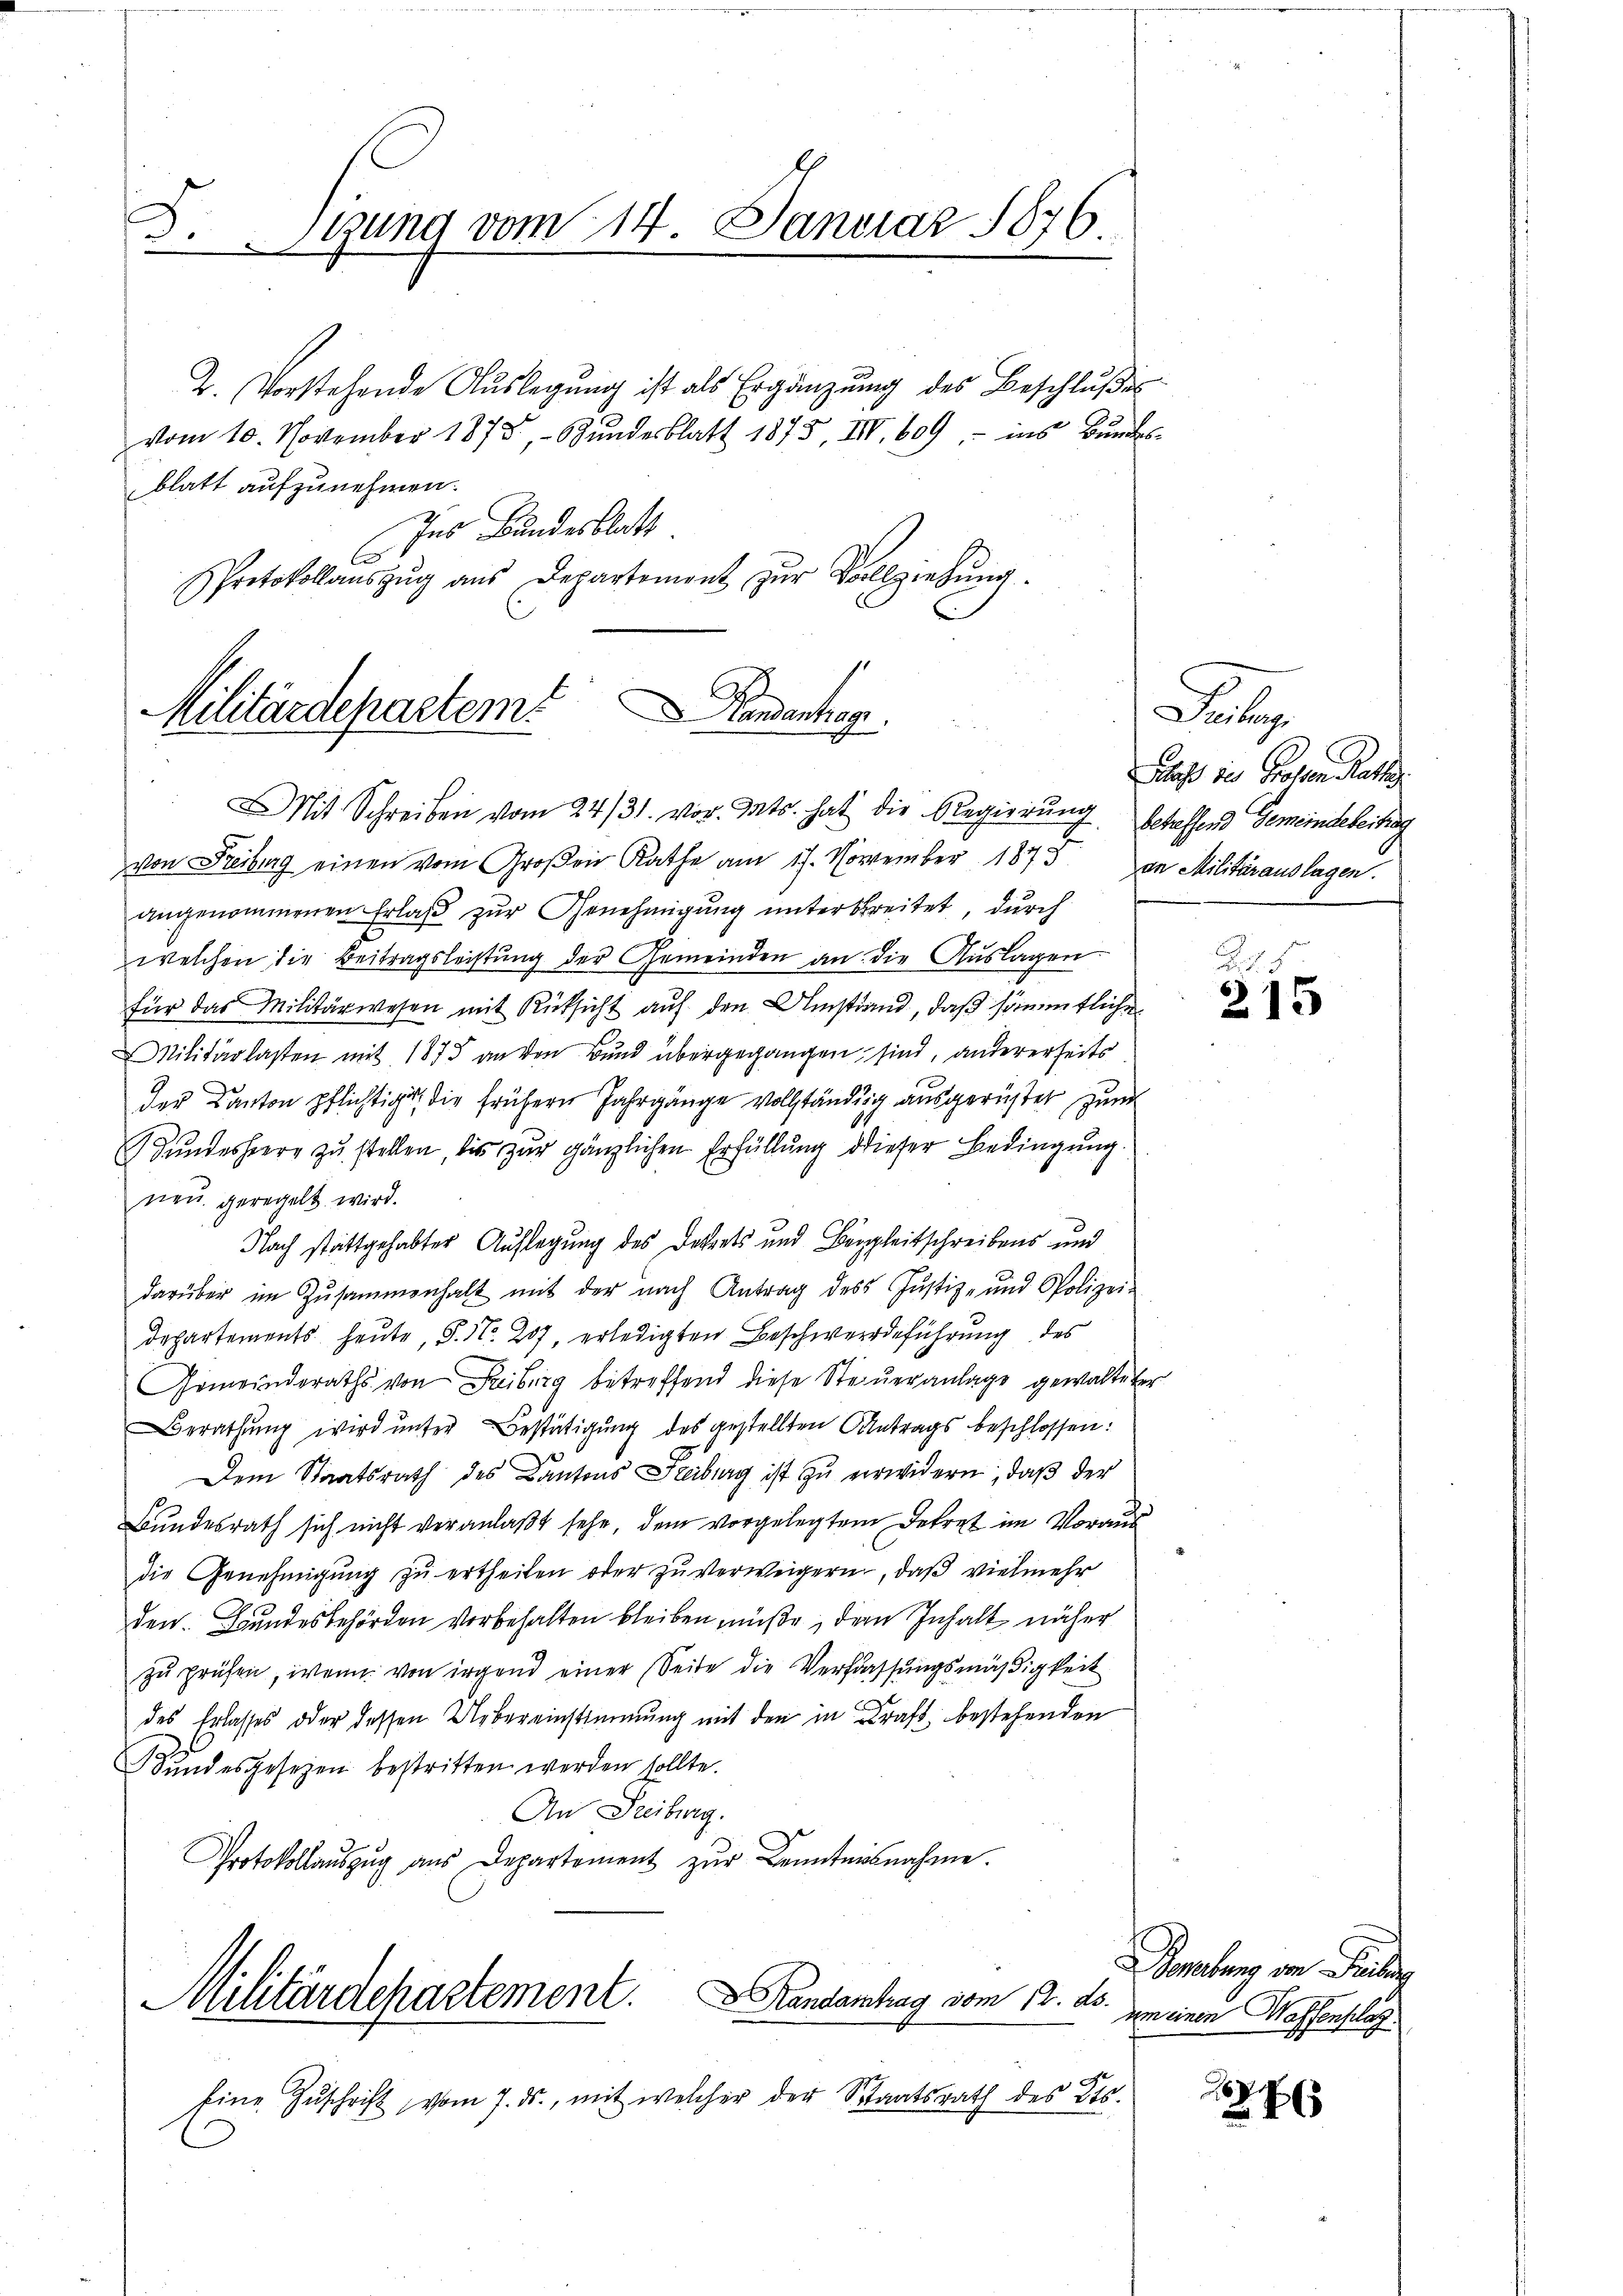
F.gung vom 14. Januar 1876.

2. Vorstehende Aŭslegŭng ist als Ergänzŭng des Beschlŭβe
vom 10. November 1878, Bŭndesblatt 1875, III 609, ins Bŭndes-
blatt aufzunehmen.
Ins Bundesblatt
e
Protokollaŭszŭg aŭs Departement zŭr Vollziehŭng.

.
Militärdepartem andenhage
MMit Schreiben vom 24/31. vor. Mts. hat die Regierŭng betaffend Gemeindebertrag

von Freiburg einen vom Großen Rathe am 17. November 1873 an Militärauslagen.
angenommenen Erlaß zur Genehmigung unterbreitet, durch
welchen die Beitragsleistung der Gemeinden an die Auslagen
für das Militärwesen mit Rücksicht auf den Umstand, daß sämmtliche
Militärlasten mit 1873 an den Bund übergegangen sind, andererheits
der Kanton pflichtiges die frühern Jahrgänge vollständig ausgerüstet zum
Bundesheere zu stellen, bis zur gänzlichen Erfüllung dieser Bedingung.
neu geregelt wird.
Nach stattgehabter Auflegung des Decrets und Bergleitschreibens und
darüber im Zusammenhalt mit der nach Antrag des Jŭstiz- und Polizei-
Departements heute, S. Nr. 207, erledigten Beschwerdeführung des
Gemeinderaths von Freiburg betreffend diese Steueranlage gewalteter
Berathung wird unter Bestätigung des gestellten Antrags beschlossen:
Dem Staatsrath des Kantons Freiburg ist zu verwidern, daß der
Bundesrath sich nicht veranlaβt sehe, dem vorgelegtem Dekret im Voraus
die Genehmigŭng zŭ ertheilen oder zŭ verweigern, daß vielmehr
den. Bundesbehörden vorbehalten bleiben müße, dem Inhalt näher
zŭ prüfen, wenn von irgend einer Seite die Verfassŭngsmäßigkeit
des Erlasses oder dessen Uebereinstimmung mit den in Kraft bestehenden
Bundesgesezen bestritten werden sollte.
An Freiburg.
Protokollaŭszŭg aŭs Departement zŭr Kenntnisnahme.

Militärdepartement. Handanhag vom 12.

Eine Zŭschrift vom 7. ds., mit welcher der Staatsrath des Kts.

D
Dass des Grossen Rath

245
215

Sonebung von Freiberg
l.
um einen Wassenslag

1876